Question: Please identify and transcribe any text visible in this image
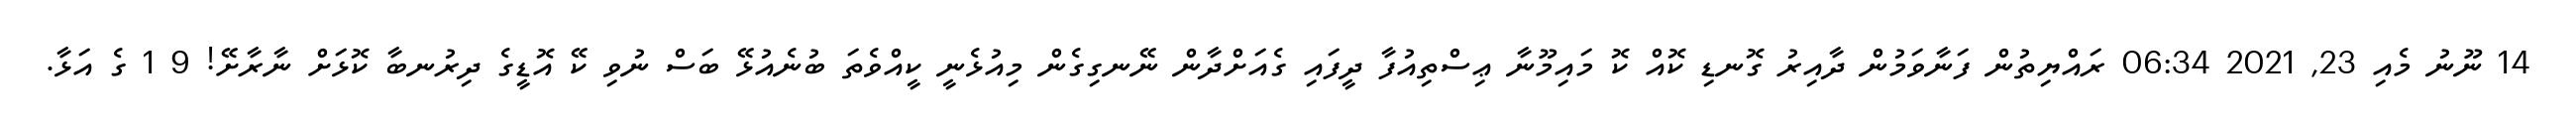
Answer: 14 ނޫނު މެއި 23, 2021 06:34 ރައްޔިތުން ފަނާވަމުން ދާއިރު ގޮނޑި ކޮއް ކޮ މައިމޫނާ ޢިސްތިއުފާ ދީފައި ގެއަށްދާން ނޭނގިގެން މިއުޅެނީ ކީއްވެތަ ބުނެއުޅޭ ބަސް ނުވި ކޭ އޮޑީގެ ދިރުނބާ ކޮޅަށް ނާރާށޭ! 9 1 ގެ އަޅާ.